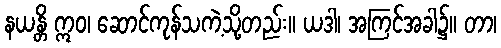
နယန္တိ ဣဝ၊ ဆောင်ကုန်သကဲ့သို့တည်း။ ယဒါ၊ အကြင်အခါ၌။ တာ၊